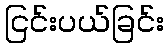
ငြင်းပယ်ခြင်း